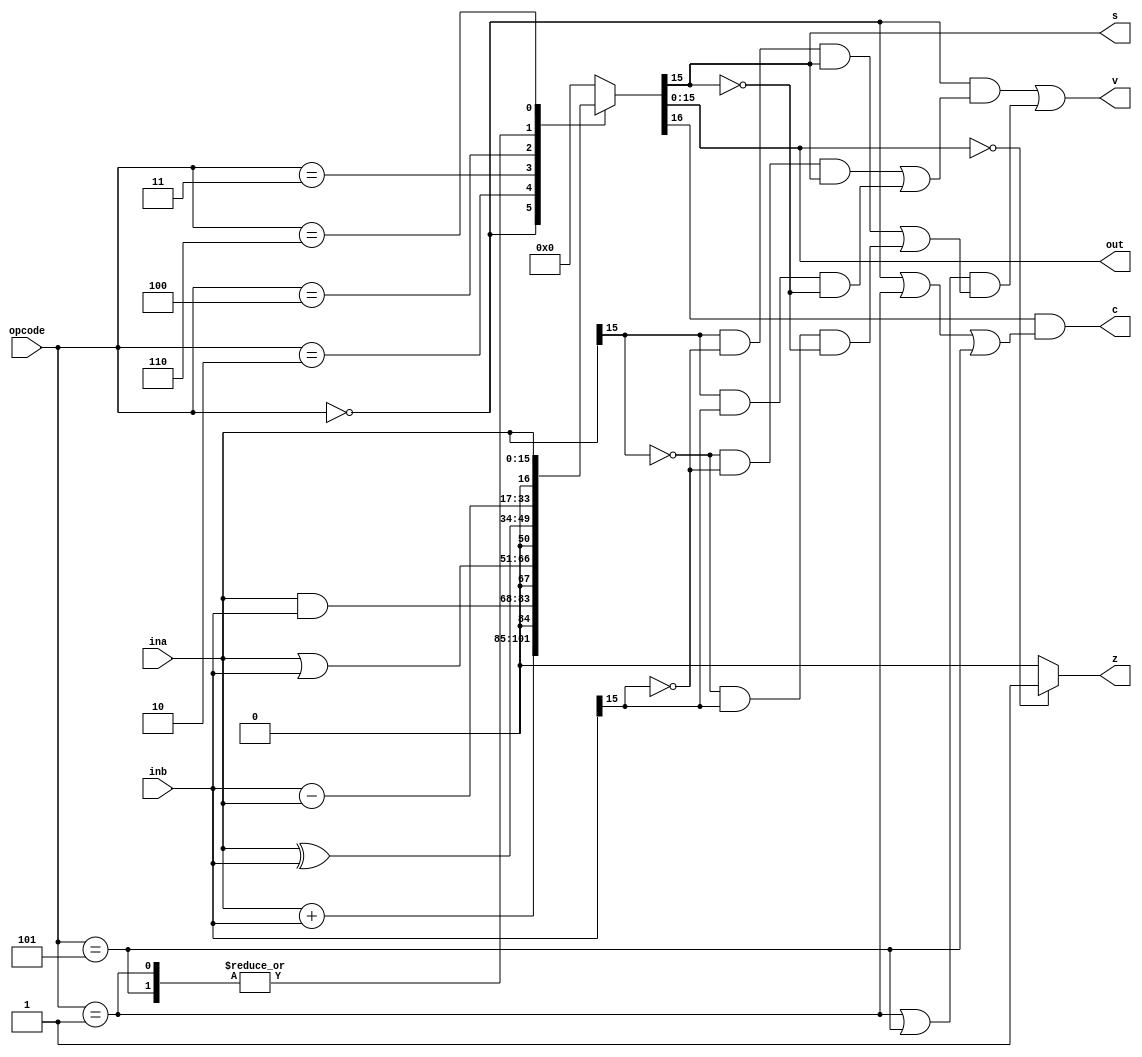
module alu(
	input [15:0] ina,
	input [15:0] inb,
	input [3:0] opcode,

	output [15:0] out, 
	output s,z,c,v ); // s = sign, z = zero, c = cancel, v = overflow
	
wire [16:0] calcAns;

//main function
function [16:0] calculate; 
input [3:0] opcode;
input [15:0] ina; // r[Rd]
input [15:0] inb; // r[Rs]

begin 
	case (opcode)
	 0:  calculate = ina + inb; // arithmetic add
         1:  calculate = inb - ina; // arithmetic subtract(modified by Moeka)
         2:  calculate = ina & inb; // logic AND
         3:  calculate = ina | inb; // logic OR
	 4:  calculate = ina ^ inb; // logic XOR
	 5:  calculate = inb - ina; // compared? not write to register
	 6:  calculate = ina; // move operation 

	 default: calculate = 17'b0;
	 endcase
end 
endfunction

assign calcAns = calculate(opcode, ina, inb);

assign out = calcAns[15:0];

assign z = (out == 16'b0)? 1:0;

// overflow
assign v = (((opcode == 4'b0000) && ((~ina[15] & ~inb[15] & out[15]) || (ina[15] & inb[15] & ~out[15]))) 
					  || (((opcode == 4'b0001)||(opcode == 4'b0101)) && ((ina[15] & ~inb[15] & out[15]) || (~ina[15] & inb[15] & ~out[15]))));

assign c = (calcAns[16] && (opcode == 0 || opcode == 1 || opcode == 5));
						
assign s = out[15];

endmodule